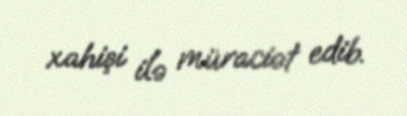
xahişi ilə müraciət edib.